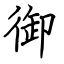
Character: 御